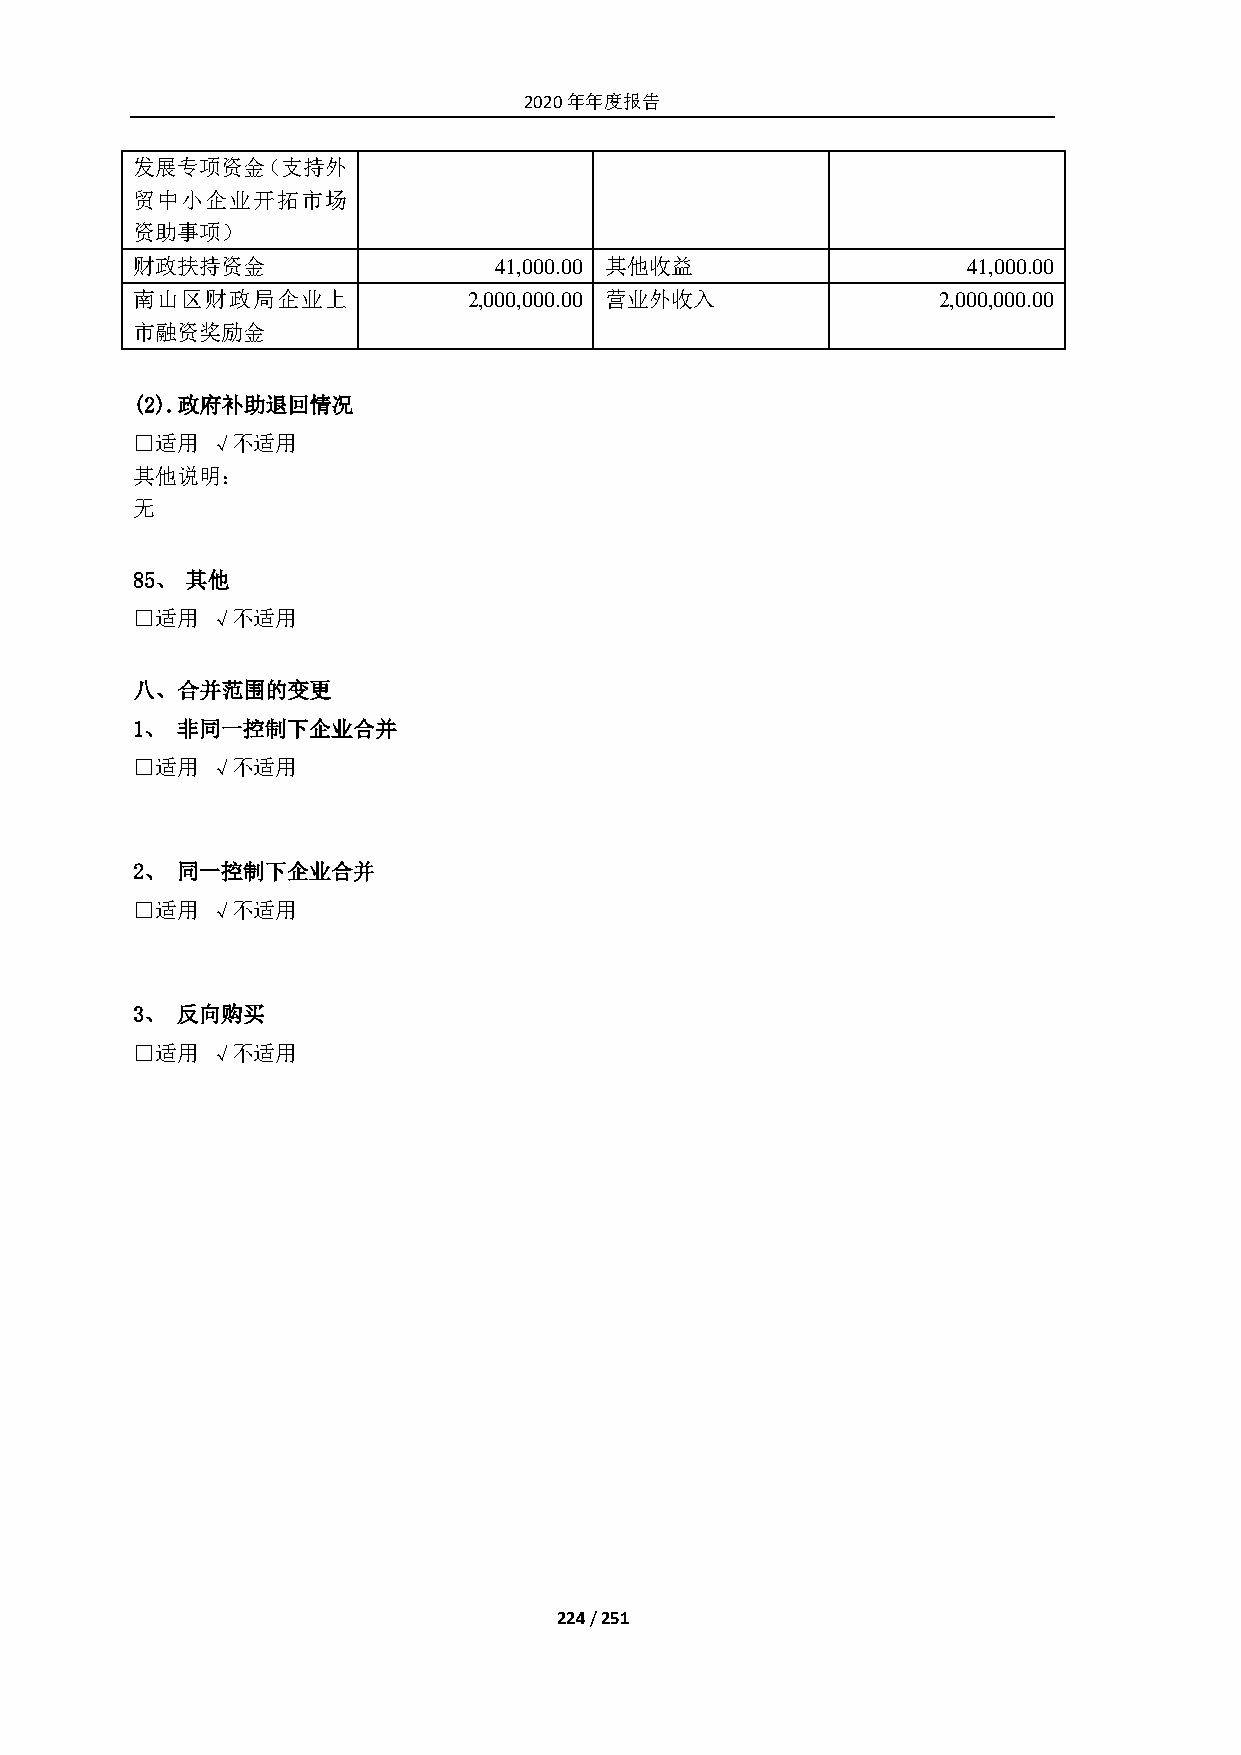
2020年年度报告
 发展专项资金（支持外
 贸中小企业开拓市场
 资助事项）
 财政扶持资金                  41,000.00 其他收益                 41,000.00
 南山区财政局企业上             2,000,000.00 营业外收入             2,000,000.00
 市融资奖励金
 (2). 政府补助退回情况
 □适用  √不适用
 其他说明：
 无
 85、 其他
 □适用  √不适用
 八、 合并范围的变更
 1、 非同一控制下企业合并
 □适用  √不适用
 2、 同一控制下企业合并
 □适用  √不适用
 3、 反向购买
 □适用  √不适用
 224 / 251